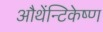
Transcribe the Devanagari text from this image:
औथेंन्टिकेष्ण